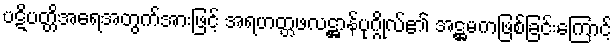
ပဋိပတ္တိအရေအတွက်အားဖြင့် အရဟတ္တဖလဋ္ဌာန်ပုဂ္ဂိုလ်၏ အဋ္ဌမကဖြစ်ခြင်းကြောင့်